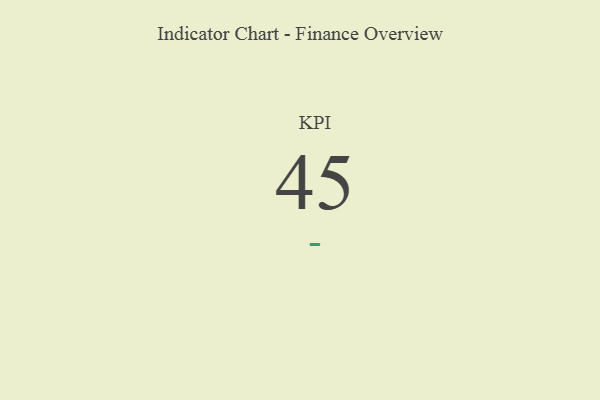
{"axis": {"x": "KPI", "y": "Value"}, "legend": [""], "data": [{"x": "KPI", "y": 45, "type": ""}]}